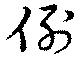
例